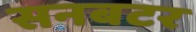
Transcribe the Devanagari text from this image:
सनबटर